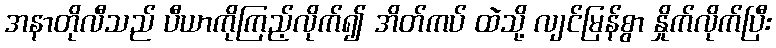
အနာတိုလီသည် ပီယာကိုကြည့်လိုက်၍ အိတ်ကပ် ထဲသို့ လျင်မြန်စွာ နှိုက်လိုက်ပြီး